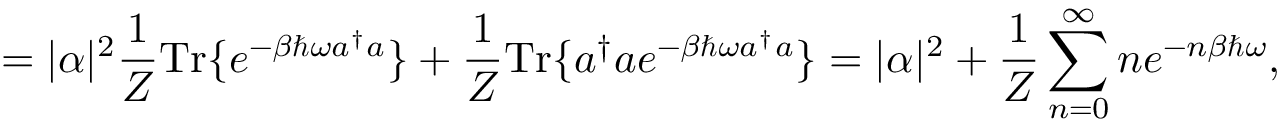
= | \alpha | ^ { 2 } { \frac { 1 } { Z } } { \mathrm { T r } } \{ e ^ { - \beta \hbar \omega a ^ { \dagger } a } \} + { \frac { 1 } { Z } } { \mathrm { T r } } \{ a ^ { \dagger } a e ^ { - \beta \hbar \omega a ^ { \dagger } a } \} = | \alpha | ^ { 2 } + { \frac { 1 } { Z } } \sum _ { n = 0 } ^ { \infty } n e ^ { - n \beta \hbar \omega } ,